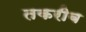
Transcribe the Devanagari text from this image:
तकरीब